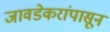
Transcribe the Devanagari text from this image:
जावडेकरांपासून